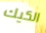
الكيك